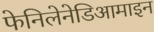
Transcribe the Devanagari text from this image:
फेनिलेनेडिआमाइन